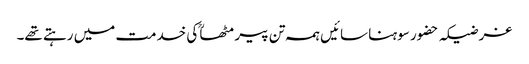
غرضیکہ حضور سوہنا سائیں ہمہ تن پیر مٹھاؒ کی خدمت میں رہتے تھے۔